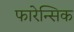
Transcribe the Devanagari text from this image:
फारेन्सिक